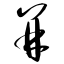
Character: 并